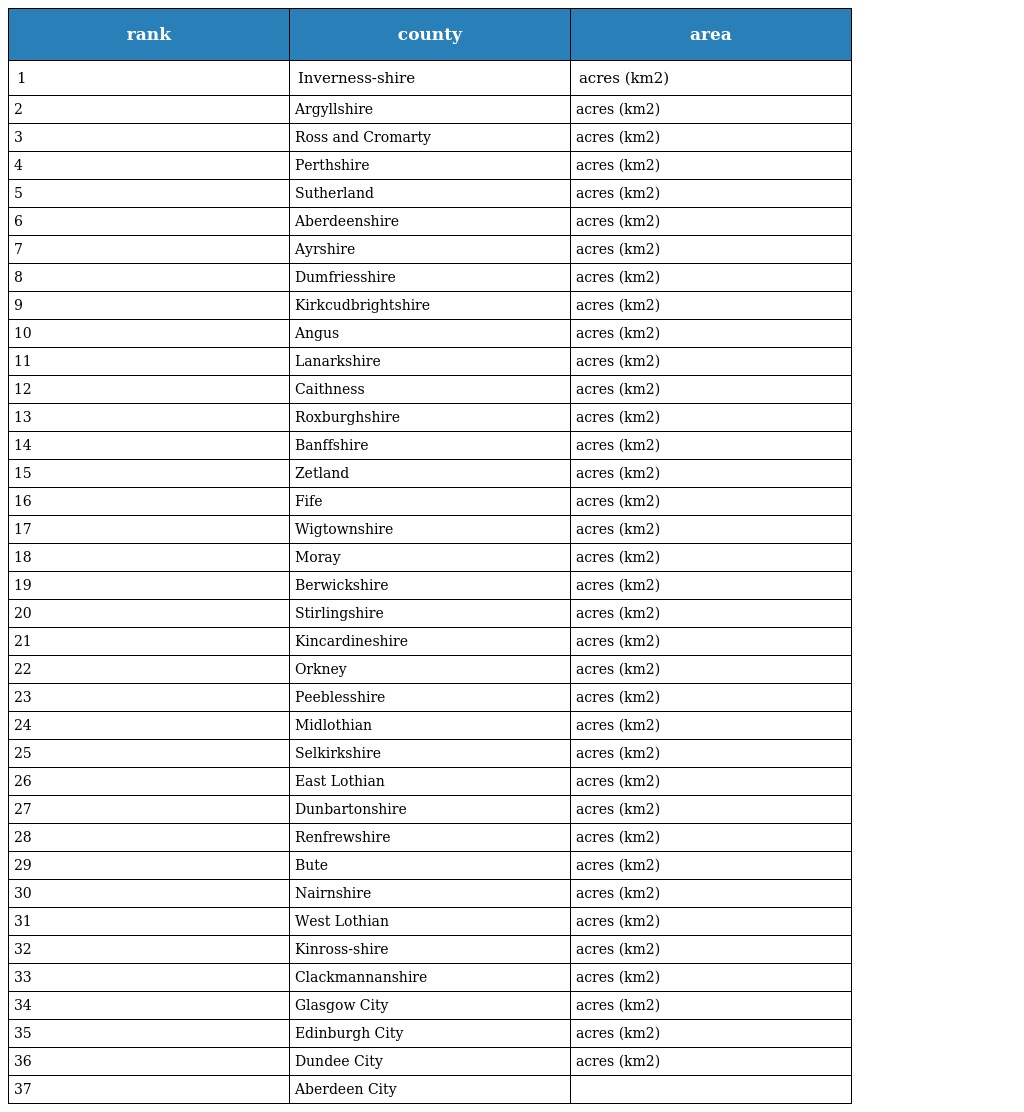
| rank | county | area |
 | --- | --- | --- |
 | 1 | Inverness-shire | acres (km2) |
 | 2 | Argyllshire | acres (km2) |
 | 3 | Ross and Cromarty | acres (km2) |
 | 4 | Perthshire | acres (km2) |
 | 5 | Sutherland | acres (km2) |
 | 6 | Aberdeenshire | acres (km2) |
 | 7 | Ayrshire | acres (km2) |
 | 8 | Dumfriesshire | acres (km2) |
 | 9 | Kirkcudbrightshire | acres (km2) |
 | 10 | Angus | acres (km2) |
 | 11 | Lanarkshire | acres (km2) |
 | 12 | Caithness | acres (km2) |
 | 13 | Roxburghshire | acres (km2) |
 | 14 | Banffshire | acres (km2) |
 | 15 | Zetland | acres (km2) |
 | 16 | Fife | acres (km2) |
 | 17 | Wigtownshire | acres (km2) |
 | 18 | Moray | acres (km2) |
 | 19 | Berwickshire | acres (km2) |
 | 20 | Stirlingshire | acres (km2) |
 | 21 | Kincardineshire | acres (km2) |
 | 22 | Orkney | acres (km2) |
 | 23 | Peeblesshire | acres (km2) |
 | 24 | Midlothian | acres (km2) |
 | 25 | Selkirkshire | acres (km2) |
 | 26 | East Lothian | acres (km2) |
 | 27 | Dunbartonshire | acres (km2) |
 | 28 | Renfrewshire | acres (km2) |
 | 29 | Bute | acres (km2) |
 | 30 | Nairnshire | acres (km2) |
 | 31 | West Lothian | acres (km2) |
 | 32 | Kinross-shire | acres (km2) |
 | 33 | Clackmannanshire | acres (km2) |
 | 34 | Glasgow City | acres (km2) |
 | 35 | Edinburgh City | acres (km2) |
 | 36 | Dundee City | acres (km2) |
 | 37 | Aberdeen City |  |